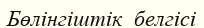
Бөлінгіштік  белгісі